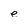
Character: e